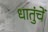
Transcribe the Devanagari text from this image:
धातुंचें